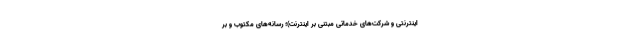
اینترنتی و شرکت‌های خدماتی مبتنی بر اینترنت)؛ رسانه‌های مکتوب و بر